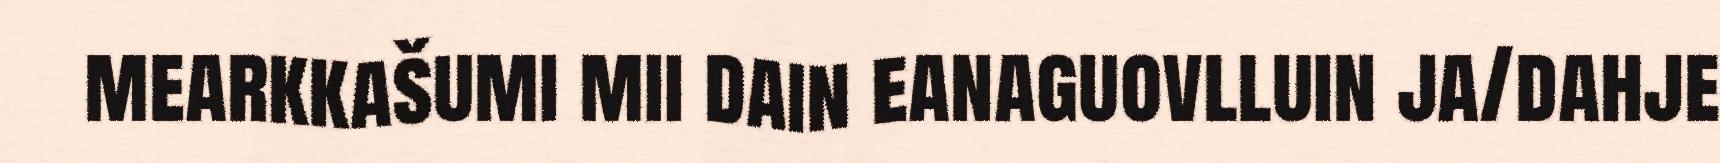
mearkkašumi mii dain eanaguovlluin ja/dahje